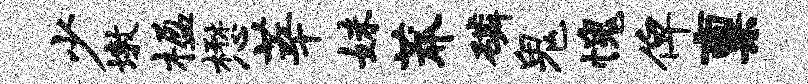
少墩楹懋莘妹莽磷鬼愧俾禀